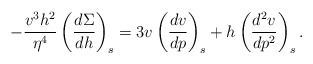
\begin{align*} -\frac{v^3h^2}{\eta^4}\left(\frac{d\Sigma}{dh}\right)_s=3v\left(\frac{dv}{dp}\right)_s+h\left(\frac{d^2v}{dp^2}\right)_s.\end{align*}